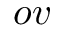
o v